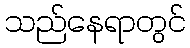
သည်နေရာတွင်